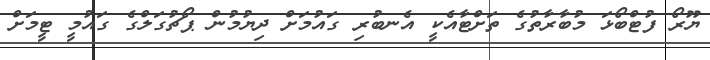
ޔޫރޯ ފުޓްބޯޅަ މުބާރާތުގެ ތަށްޓާއެކީ އެނބުރި ގައުމަށް ދިޔުމުން ޕޯޗުގަލްގެ ގައުމީ ޓީމަށް